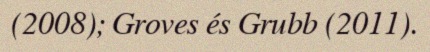
(2008); Groves és Grubb (2011).